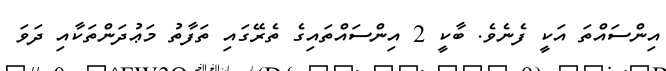
އިންސައްތަ އަކީ ފެނެވެ. ބާކީ 2 އިންސައްތައިގެ ތެރޭގައި ތަފާތު މަޢުދަންތަކާއި ދަވަ